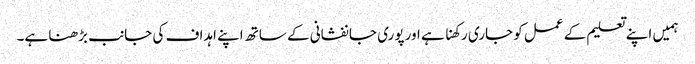
ہمیں اپنے تعلیم کے عمل کو جاری رکھنا ہے اور پوری جانفشانی کے ساتھ اپنے اہداف کی جانب بڑھنا ہے۔